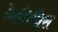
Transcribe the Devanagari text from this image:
ऐरगिन्निस